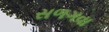
સળગવા